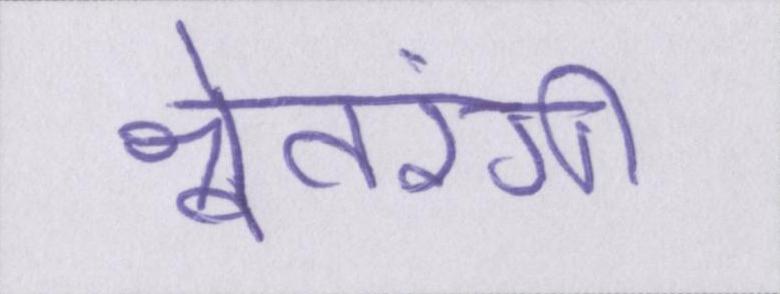
श्वेतरंगी